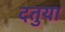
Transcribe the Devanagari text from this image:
दतुया